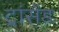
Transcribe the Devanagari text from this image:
ट्रांसेंड